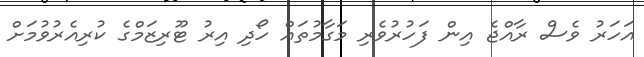
އަހަރު ވެސް ރާއްޖެ އިން ފަހުރުވެރި މަގާމުތައް ހޯދި އިރު ޓޫރިޒަމްގެ ކުރިއެރުވުމަށް